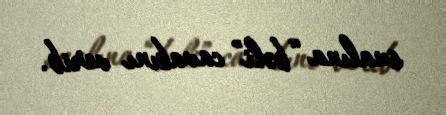
sualına “bəli” cavabını verib.